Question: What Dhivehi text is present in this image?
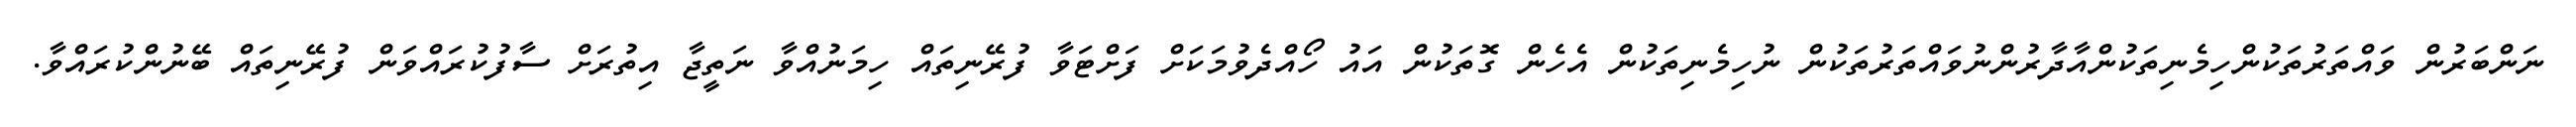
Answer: ނަންބަރުން ވައްތަރުތަކުންހިމެނިތަކުންއާދާރުންނުވައްތަރުތަކުން ނުހިމެނިތަކުން އެހެން ގޮތަކުން އައު ހޯއްދެވުމަކަށް ފަށްޓަވާ ފުރޭނިތައް ހިމަނުއްވާ ނަތީޖާ އިތުރަށް ސާފުކުރައްވަން ފުރޭނިތައް ބޭނުންކުރައްވާ.